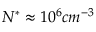
N ^ { * } \approx 1 0 ^ { 6 } c m ^ { - 3 }